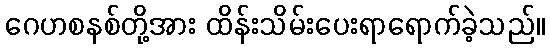
ဂေဟစနစ်တို့အား ထိန်းသိမ်းပေးရာရောက်ခဲ့သည်။